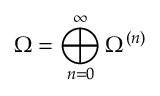
\Omega = \bigoplus _ { n = 0 } ^ { \infty } \Omega ^ { ( n ) }